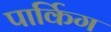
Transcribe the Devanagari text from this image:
पार्किग